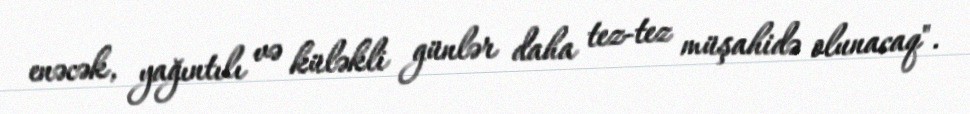
enəcək, yağıntılı və küləkli günlər daha tez-tez müşahidə olunacaq".